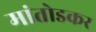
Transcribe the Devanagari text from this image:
मांतोडकर